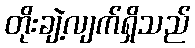
တိုးချဲ့လျက်ရှိသည်